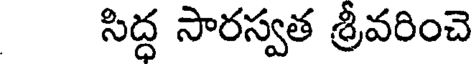
సిద్ధ సారస్వత శ్రీవరించె